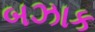
બઝાક